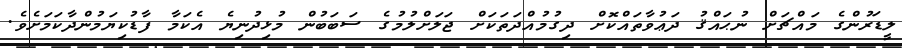
ލީޑަރުންގެ މައްޗަށް ނުޙައްޤު ދަޢުވާތައްކޮށް ދިގުމުއްދަތަކަށް ޖަލަށްލުމުގެ ސަބަބުން މުޅިދުނިޔެ އެކަމާ ފާޑުކިޔަމުންދާކަމަށެވެ.